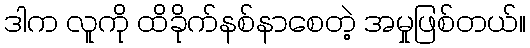
ဒါက လူကို ထိခိုက်နစ်နာစေတဲ့ အမှုဖြစ်တယ်။